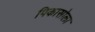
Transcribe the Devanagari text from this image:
पिकासोला